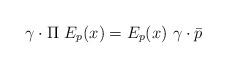
LaTeX: \begin{align*}\gamma \cdot \Pi~E_p(x) = E_p(x)~\gamma \cdot \bar{p}\end{align*}